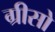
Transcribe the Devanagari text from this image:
ग्रीसो